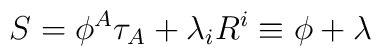
S = \phi^A \tau_A + \lambda_i R^i \equiv \phi + \lambda